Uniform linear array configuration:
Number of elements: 16
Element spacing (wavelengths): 0.25
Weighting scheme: hann
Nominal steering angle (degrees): -15
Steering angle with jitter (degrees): -13.016
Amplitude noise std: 0.05
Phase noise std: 0.05

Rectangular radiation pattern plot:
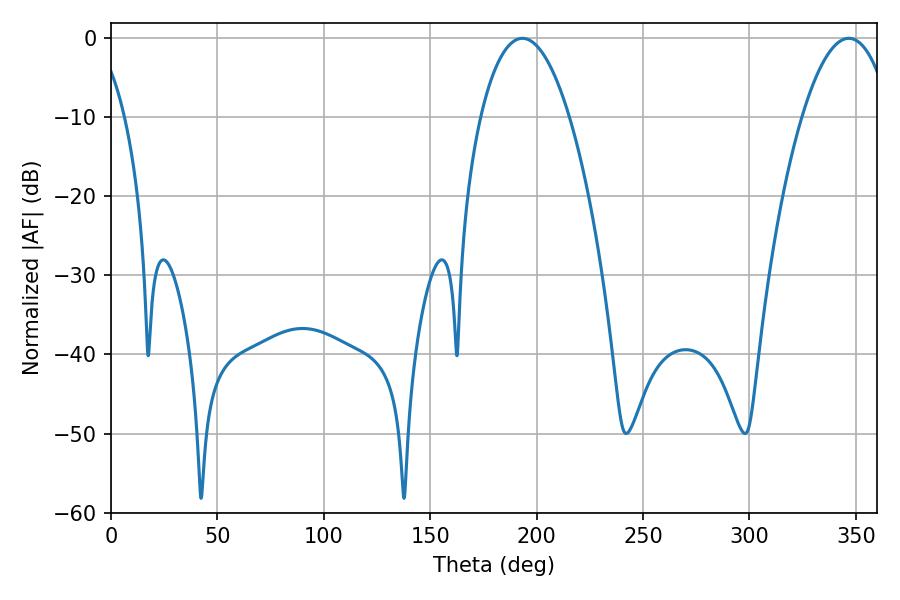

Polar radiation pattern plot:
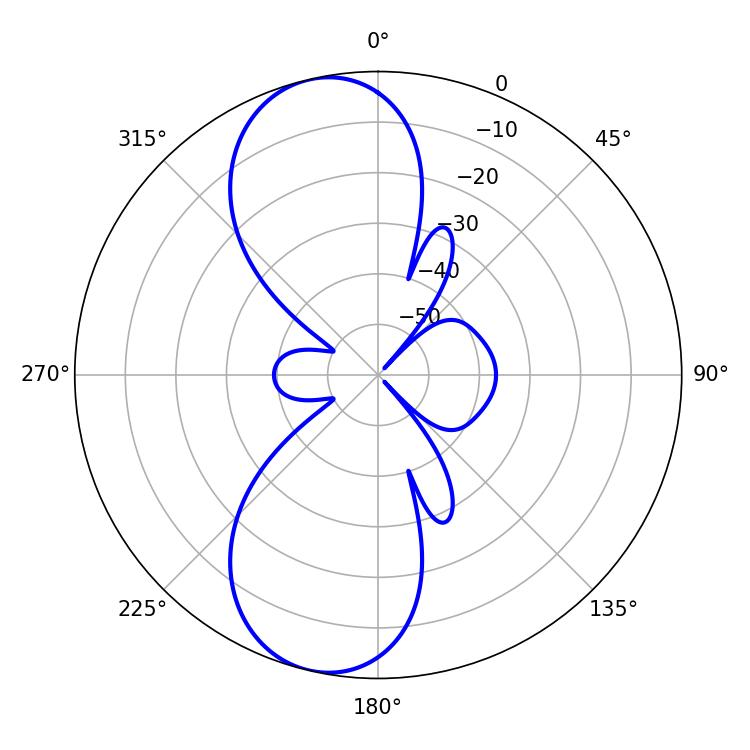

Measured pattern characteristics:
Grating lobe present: FALSE
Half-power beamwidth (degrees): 23.22
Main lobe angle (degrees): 346.68